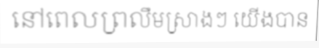
នៅពេលព្រលឹមស្រាងៗ យើងបាន